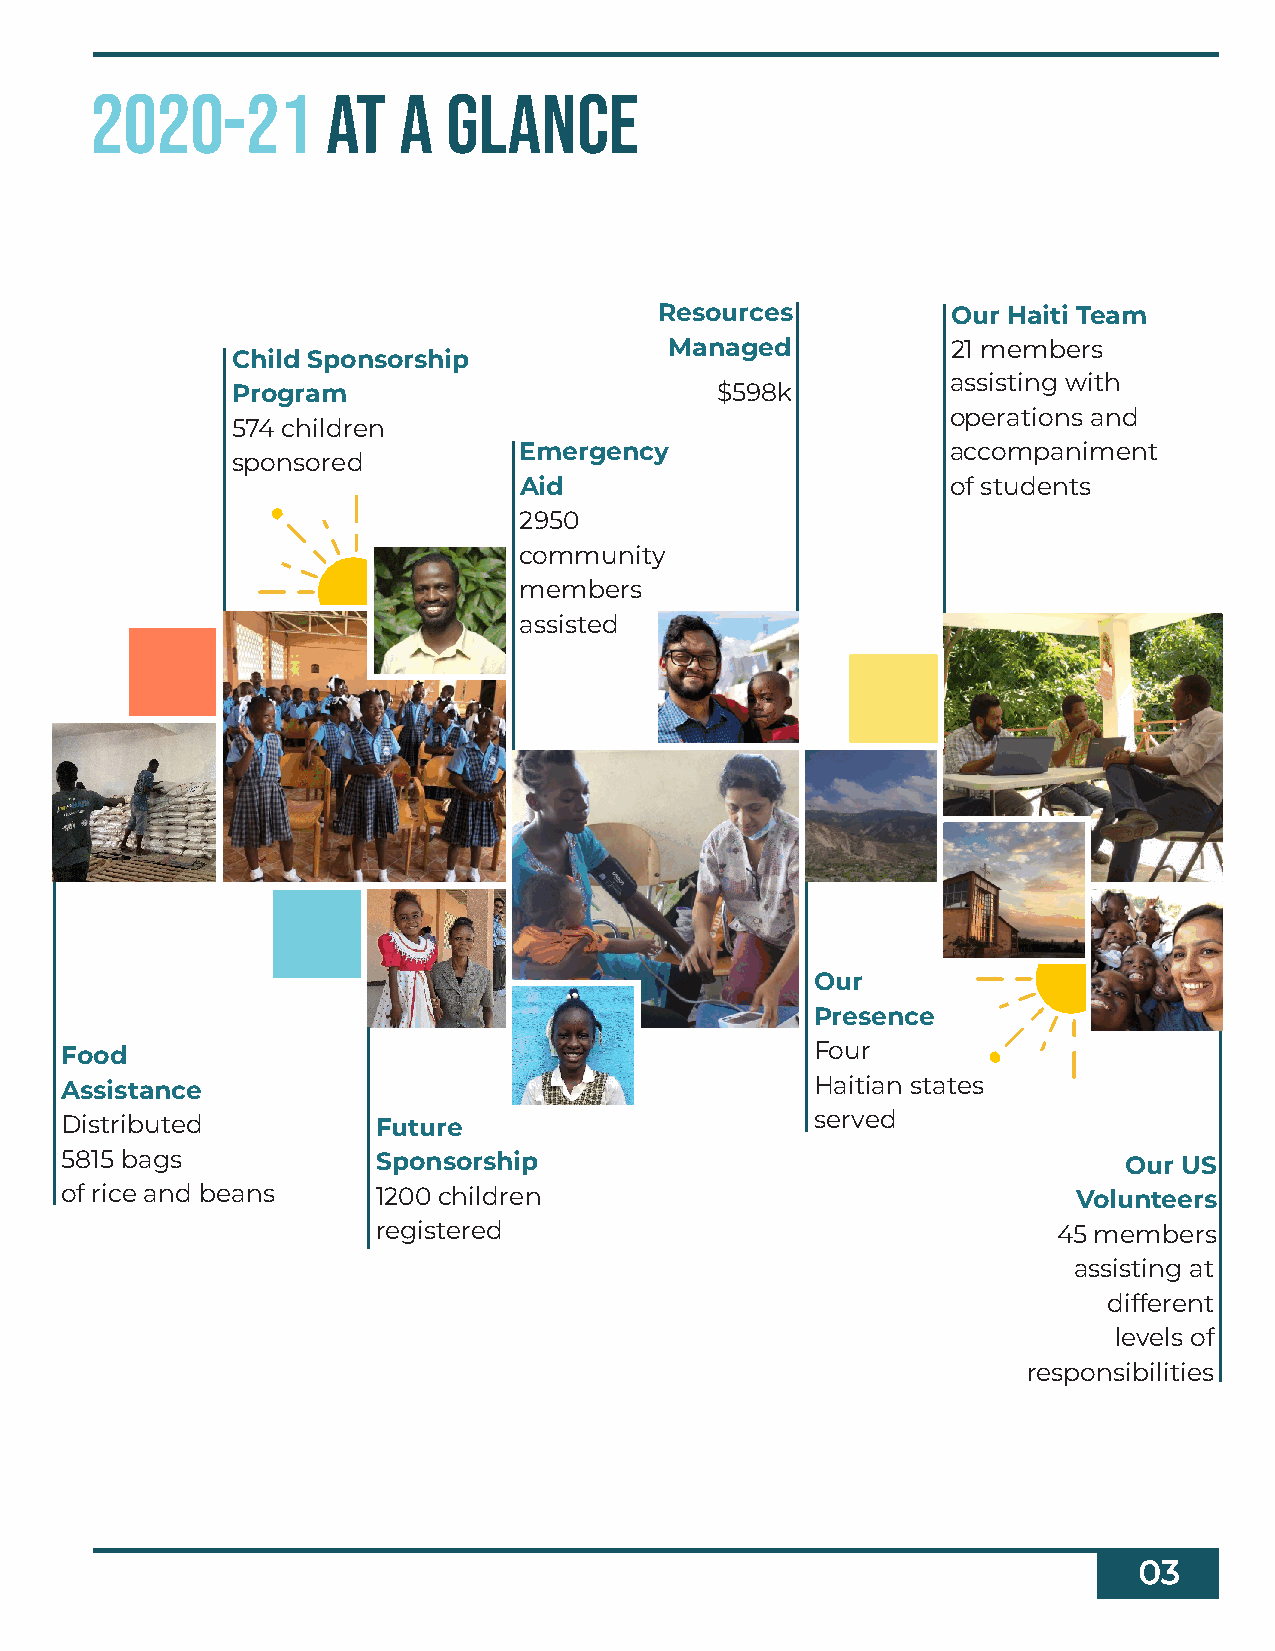
2020-21         at  a   glance
 Resources          Our Haiti Team
 Managed            21 members
 Child Sponsorship
 assisting with
 Program                         $598k
 operations and
 574 children
 Emergency                    accompaniment
 sponsored
 Aid                          of students
 2950
 community
 members
 assisted
 Our
 Presence
 Food                                              Four
 Assistance                                        Haitian states
 Distributed          Future                       served
 5815 bags            Sponsorship                                      Our US
 of rice and beans    1200 children                                 Volunteers
 registered                                   45 members
 assisting at
 different
 levels of
 responsibilities
 03